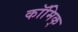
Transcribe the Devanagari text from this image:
कॉमिक्